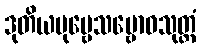
ဒုတိယပုဗ္ဗေသမ္ဗောဓသုတ္တံ